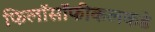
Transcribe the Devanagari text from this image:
फिलॉसॉफीकलकडे